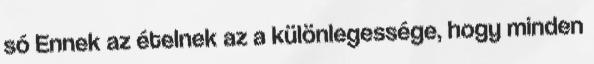
só Ennek az ételnek az a különlegessége, hogy minden